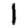
Digit: 1